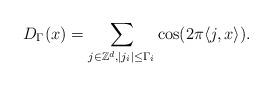
LaTeX: \begin{align*}D_{\Gamma}(x)=\sum_{j\in\mathbb{Z}^d,|j_i|\leq \Gamma_i}\cos(2\pi\langle j,x\rangle).\end{align*}